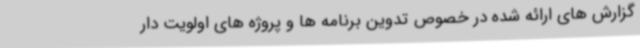
گزارش های ارائه شده در خصوص تدوین برنامه ها و پروژه های اولویت دار